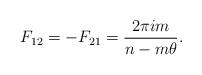
LaTeX: \begin{align*}F_{12}=-F_{21}=\frac{2\pi i m}{n-m\theta}. \end{align*}